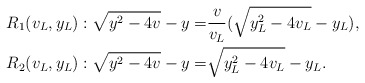
\begin{align*}R_1(v_L,y_L): \sqrt{y^2-4v}-y=& \frac{v}{v_L}(\sqrt{y_L^2-4v_L}-y_L), \\R_2(v_L,y_L): \sqrt{y^2-4v}-y=& \sqrt{y_L^2-4v_L}-y_L.\end{align*}